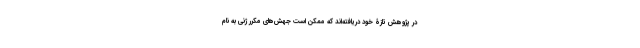
در پژوهش تازۀ خود دریافته‌اند که ممکن است جهش‌های مکرر ژنی به نام